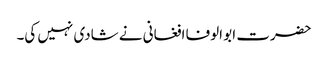
حضرت ابو الوفا افغانی نے شادی نہیں کی۔